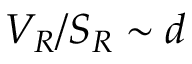
V _ { R } / S _ { R } \sim d